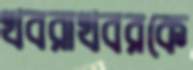
খবরাখবরকে